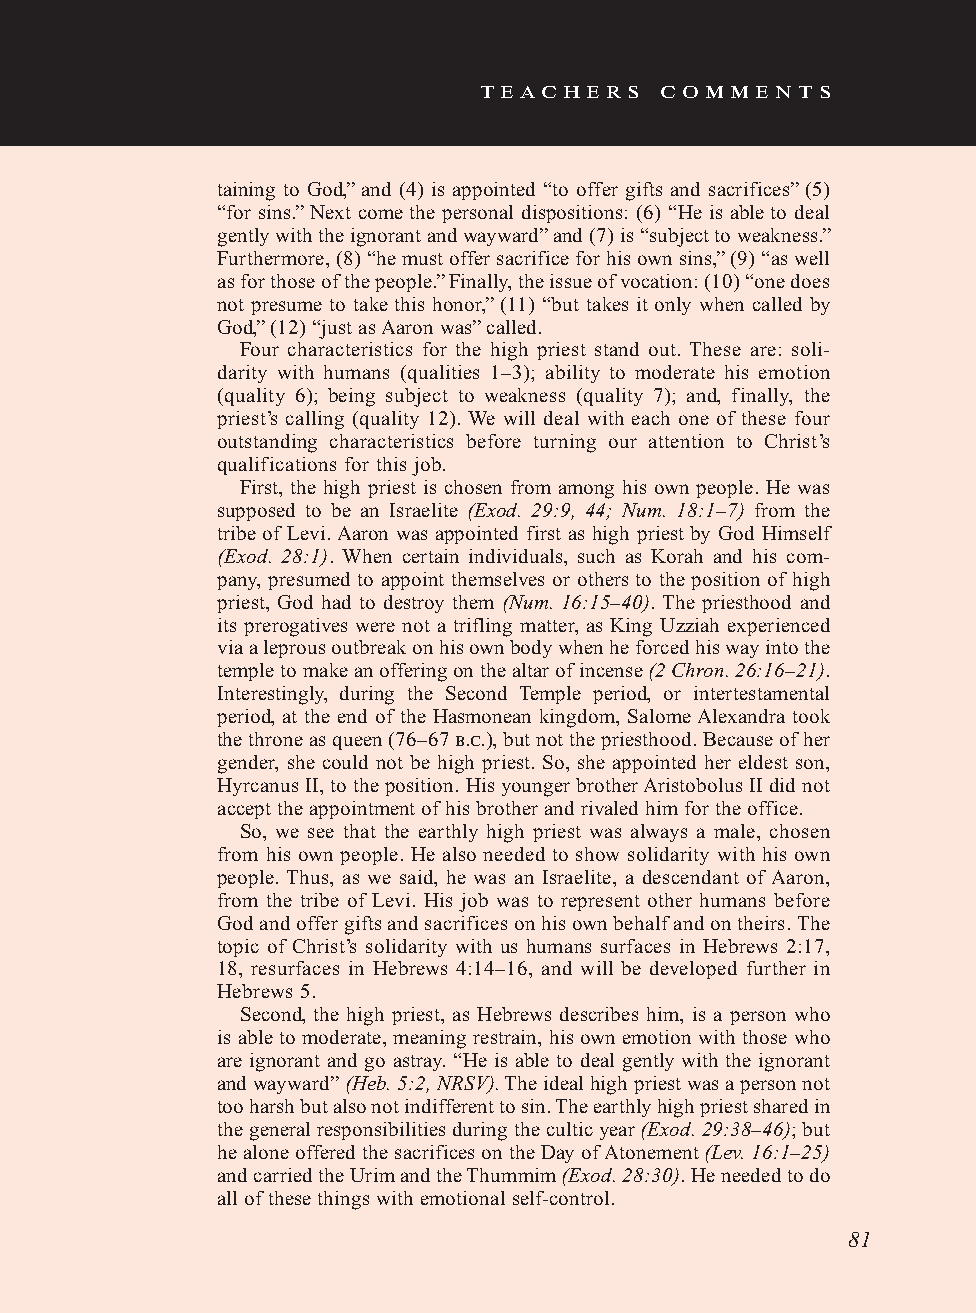
teachers    comments
 taining to God,” and (4) is appointed “to offer gifts and sacrifices” (5)
 “for sins.” Next come the personal dispositions: (6) “He is able to deal
 gently with the ignorant and wayward” and (7) is “subject to weakness.”
 Furthermore, (8) “he must offer sacrifice for his own sins,” (9) “as well
 as for those of the people.” Finally, the issue of vocation: (10) “one does
 not presume to take this honor,” (11) “but takes it only when called by
 God,” (12) “just as Aaron was” called.
 Four characteristics for the high priest stand out. These are: soli-
 darity with humans (qualities 1–3); ability to moderate his emotion
 (quality 6); being subject to weakness (quality 7); and, finally, the
 priest’s calling (quality 12). We will deal with each one of these four
 outstanding characteristics before turning our attention to Christ’s
 qualifications for this job.
 First, the high priest is chosen from among his own people. He was
 supposed to be an Israelite (Exod. 29:9, 44; Num. 18:1–7) from the
 tribe of Levi. Aaron was appointed first as high priest by God Himself
 (Exod. 28:1). When certain individuals, such as Korah and his com-
 pany, presumed to appoint themselves or others to the position of high
 priest, God had to destroy them (Num. 16:15–40). The priesthood and
 its prerogatives were not a trifling matter, as King Uzziah experienced
 via a leprous outbreak on his own body when he forced his way into the
 temple to make an offering on the altar of incense (2 Chron. 26:16–21).
 Interestingly, during the Second Temple period, or intertestamental
 period, at the end of the Hasmonean kingdom, Salome Alexandra took
 the throne as queen (76–67 b.c.), but not the priesthood. Because of her
 gender, she could not be high priest. So, she appointed her eldest son,
 Hyrcanus II, to the position. His younger brother Aristobolus II did not
 accept the appointment of his brother and rivaled him for the office.
 So, we see that the earthly high priest was always a male, chosen
 from his own people. He also needed to show solidarity with his own
 people. Thus, as we said, he was an Israelite, a descendant of Aaron,
 from the tribe of Levi. His job was to represent other humans before
 God and offer gifts and sacrifices on his own behalf and on theirs. The
 topic of Christ’s solidarity with us humans surfaces in Hebrews 2:17,
 18, resurfaces in Hebrews 4:14–16, and will be developed further in
 Hebrews 5.
 Second, the high priest, as Hebrews describes him, is a person who
 is able to moderate, meaning restrain, his own emotion with those who
 are ignorant and go astray. “He is able to deal gently with the ignorant
 and wayward” (Heb. 5:2, NRSV). The ideal high priest was a person not
 too harsh but also not indifferent to sin. The earthly high priest shared in
 the general responsibilities during the cultic year (Exod. 29:38–46); but
 he alone offered the sacrifices on the Day of Atonement (Lev. 16:1–25)
 and carried the Urim and the Thummim (Exod. 28:30). He needed to do
 all of these things with emotional self-control.
 81